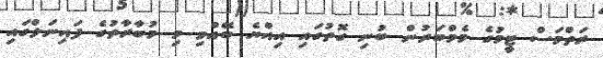
ރަތްމަސް ޓީމުގެ މެމްބަރުން ބުނި ގޮތުގައި އިއްޔެ ބޭއްވި މި މުބާރާތުގެ ފައިނަލްގައި